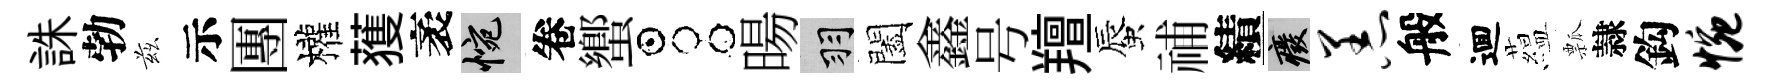
誅勃兹示團權𫉬袤惋卷蠁占暘羽闔鑫号羶蜃𥙷績廢恙般逥藴瓢隷鈎惋